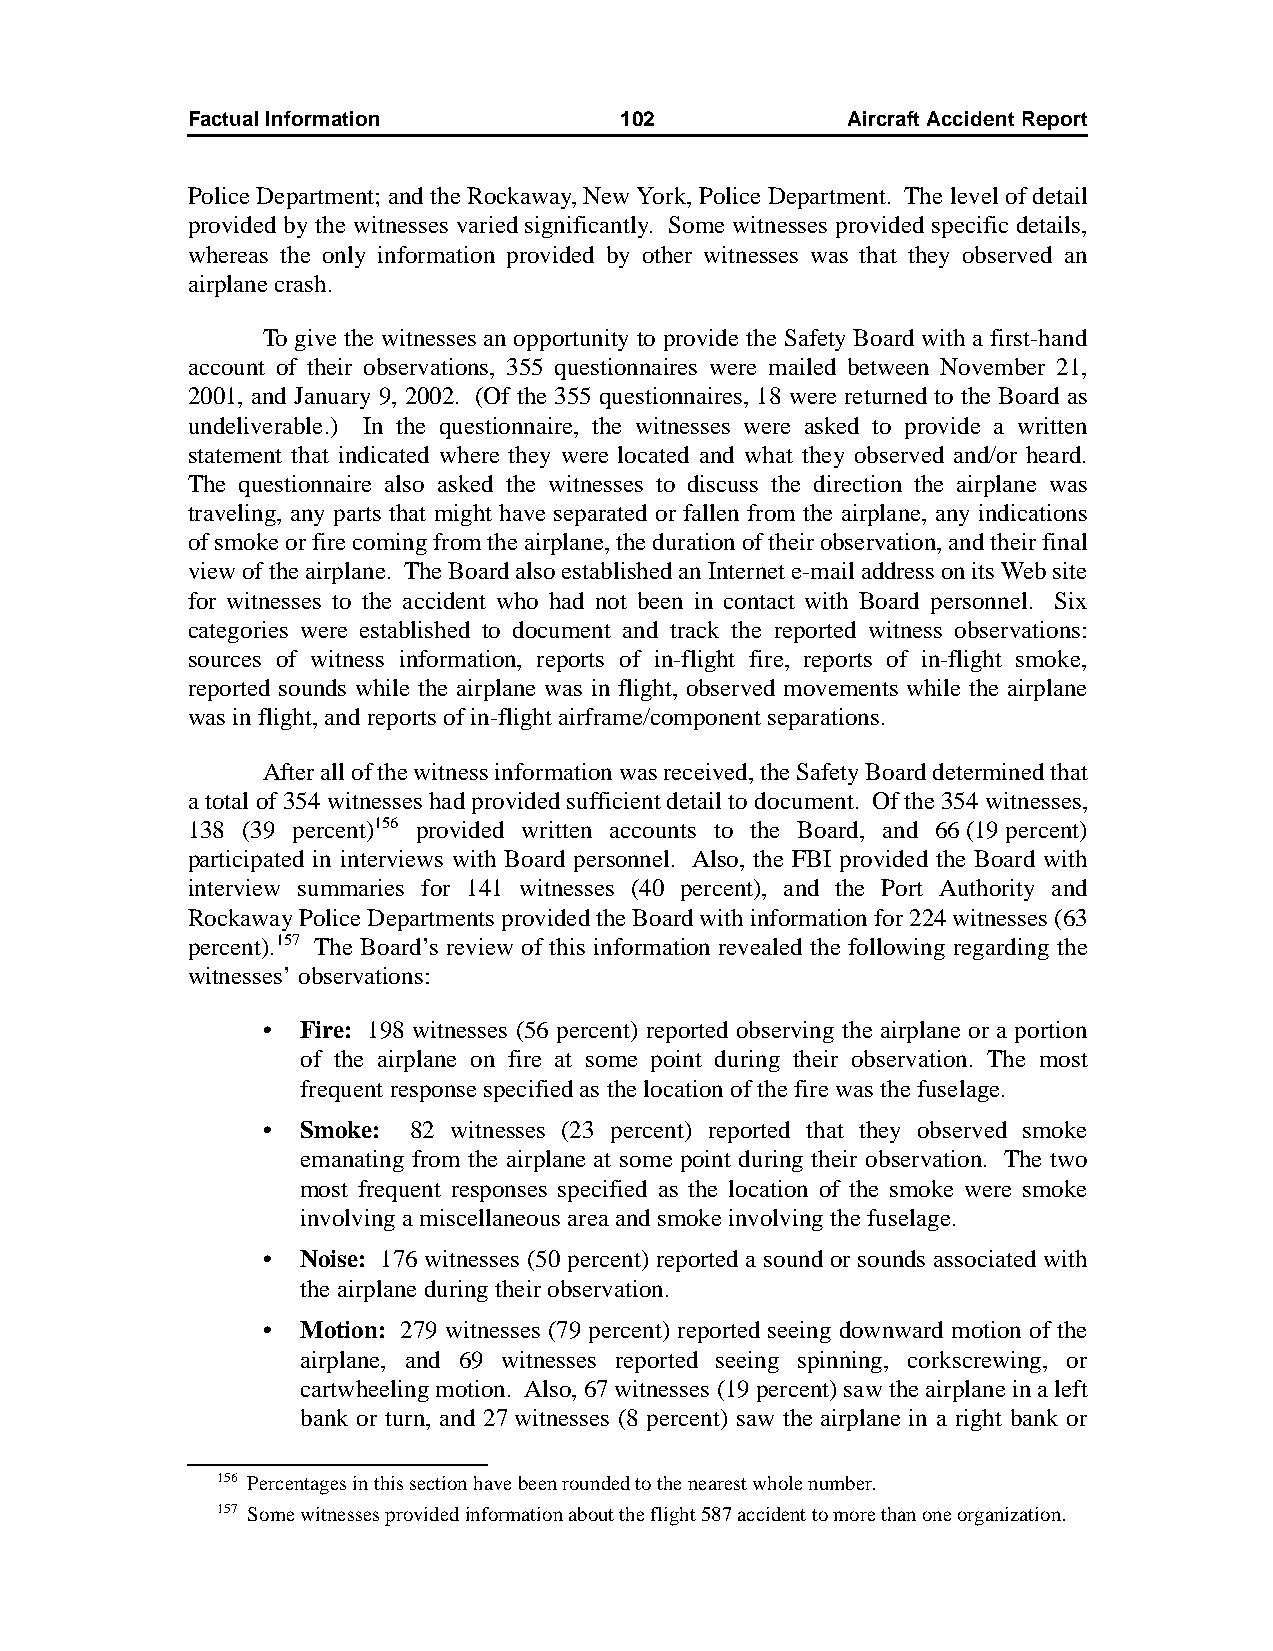
Factual Information          102            AircraftAccidentReport
 Police Department; and the Rockaway, New York, Police Department. The level of detail
 provided by the witnesses varied significantly. Some witnesses provided specific details,
 whereas the only information provided by other witnesses was that they observed an
 airplane crash.
 To give the witnesses an opportunity to provide the Safety Board with a first-hand
 account of their observations, 355 questionnaires were mailed between November 21,
 2001, and January 9, 2002. (Of the 355 questionnaires, 18 were returned to the Board as
 undeliverable.) In the questionnaire, the witnesses were asked to provide a written
 statement that indicated where they were located and what they observed and/or heard.
 The questionnaire also asked the witnesses to discuss the direction the airplane was
 traveling, any parts that might have separated or fallen from the airplane, any indications
 of smoke or fire coming from the airplane, the duration of their observation, and their final
 view of the airplane. The Board also established an Internet e-mail address on its Web site
 for witnesses to the accident who had not been in contact with Board personnel. Six
 categories were established to document and track the reported witness observations:
 sources of witness information, reports of in-flight fire, reports of in-flight smoke,
 reported sounds while the airplane was in flight, observed movements while the airplane
 was in flight, and reports of in-flight airframe/component separations.
 After all of the witness information was received, the Safety Board determined that
 a total of 354 witnesses had provided sufficient detail to document. Of the 354witnesses,
 138 (39 percent)156 provided written accounts to the Board, and 66(19percent)
 participated in interviews with Board personnel. Also, the FBI provided the Board with
 interview summaries for 141 witnesses (40 percent), and the Port Authority and
 Rockaway Police Departments provided the Board with information for 224 witnesses (63
 percent).157 The Board’s review of this information revealed the following regarding the
 witnesses’ observations:
 •  Fire: 198 witnesses (56 percent) reported observing the airplane or a portion
 of the airplane on fire at some point during their observation. The most
 frequent response specified as the location of the fire was the fuselage.
 •  Smoke: 82 witnesses (23 percent) reported that they observed smoke
 emanating from the airplane at some point during their observation. The two
 most frequent responses specified as the location of the smoke were smoke
 involving a miscellaneous area and smoke involving the fuselage.
 •  Noise: 176 witnesses (50 percent) reported a sound or sounds associated with
 the airplane during their observation.
 •  Motion: 279 witnesses (79 percent) reported seeing downward motion of the
 airplane, and 69 witnesses reported seeing spinning, corkscrewing, or
 cartwheeling motion. Also, 67 witnesses (19 percent) saw the airplane in a left
 bank or turn, and 27witnesses (8 percent) saw the airplane in a right bank or
 156 Percentages in this section have been rounded to the nearest whole number.
 157 Some witnesses provided information about the flight 587 accident to more than one organization.